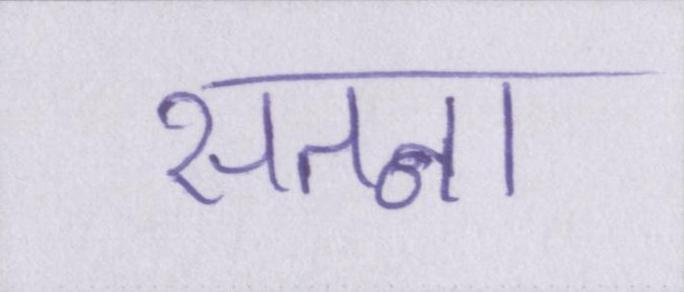
सतना